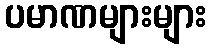
ပမာဏများများ